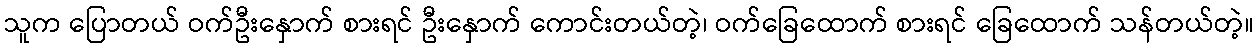
သူက ပြောတယ် ဝက်ဦးနှောက် စားရင် ဦးနှောက် ကောင်းတယ်တဲ့၊ ဝက်ခြေထောက် စားရင် ခြေထောက် သန်တယ်တဲ့။